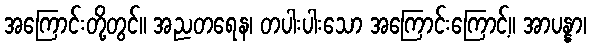
အကြောင်းတို့တွင်။ အညတရေန၊ တပါးပါးသော အကြောင်းကြောင့်။ အာပန္နာ၊